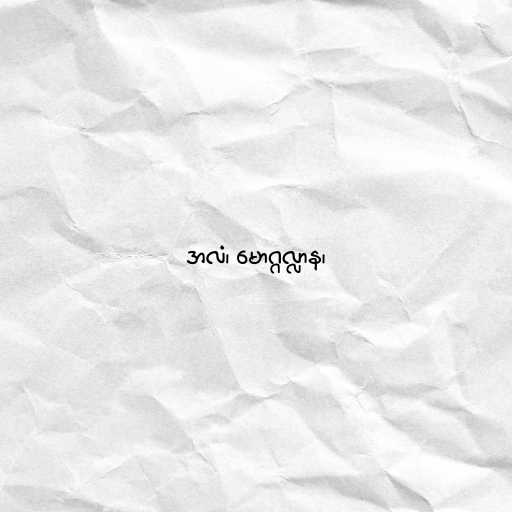
အလံ၊ မောဂ္ဂလ္လာန၊